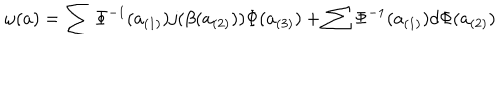
\omega ( a ) = \sum \Phi ^ { - 1 } ( a _ { ( 1 ) } ) j ( \beta ( a _ { ( 2 ) } ) ) \Phi ( a _ { ( 3 ) } ) + \sum \Phi ^ { - 1 } ( a _ { ( 1 ) } ) d \Phi ( a _ { ( 2 ) } )